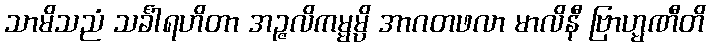
သာမိသညံ သင်္ခါရဟိတာ အဉ္ဇလိကမ္မမ္ပိ အာဂတဖလာ မာလိနီ ဗြာဟ္မဏီတိ